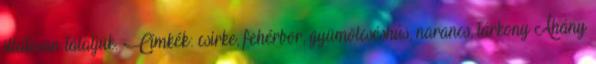
illatosan tálaljuk. Címkék: csirke, fehérbor, gyümölcséshús, narancs, tárkony Ahány